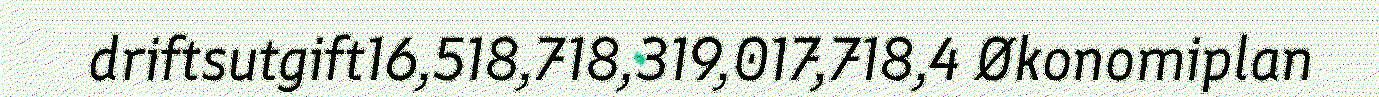
driftsutgift16,518,718,319,017,718,4 Økonomiplan